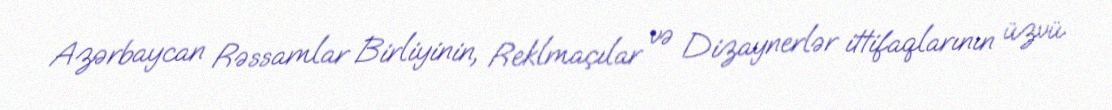
Azərbaycan Rəssamlar Birliyinin, Reklmaçılar və Dizaynerlər ittifaqlarının üzvü